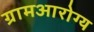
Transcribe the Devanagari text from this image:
ग्रामआरोग्य